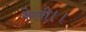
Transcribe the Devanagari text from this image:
केली।।